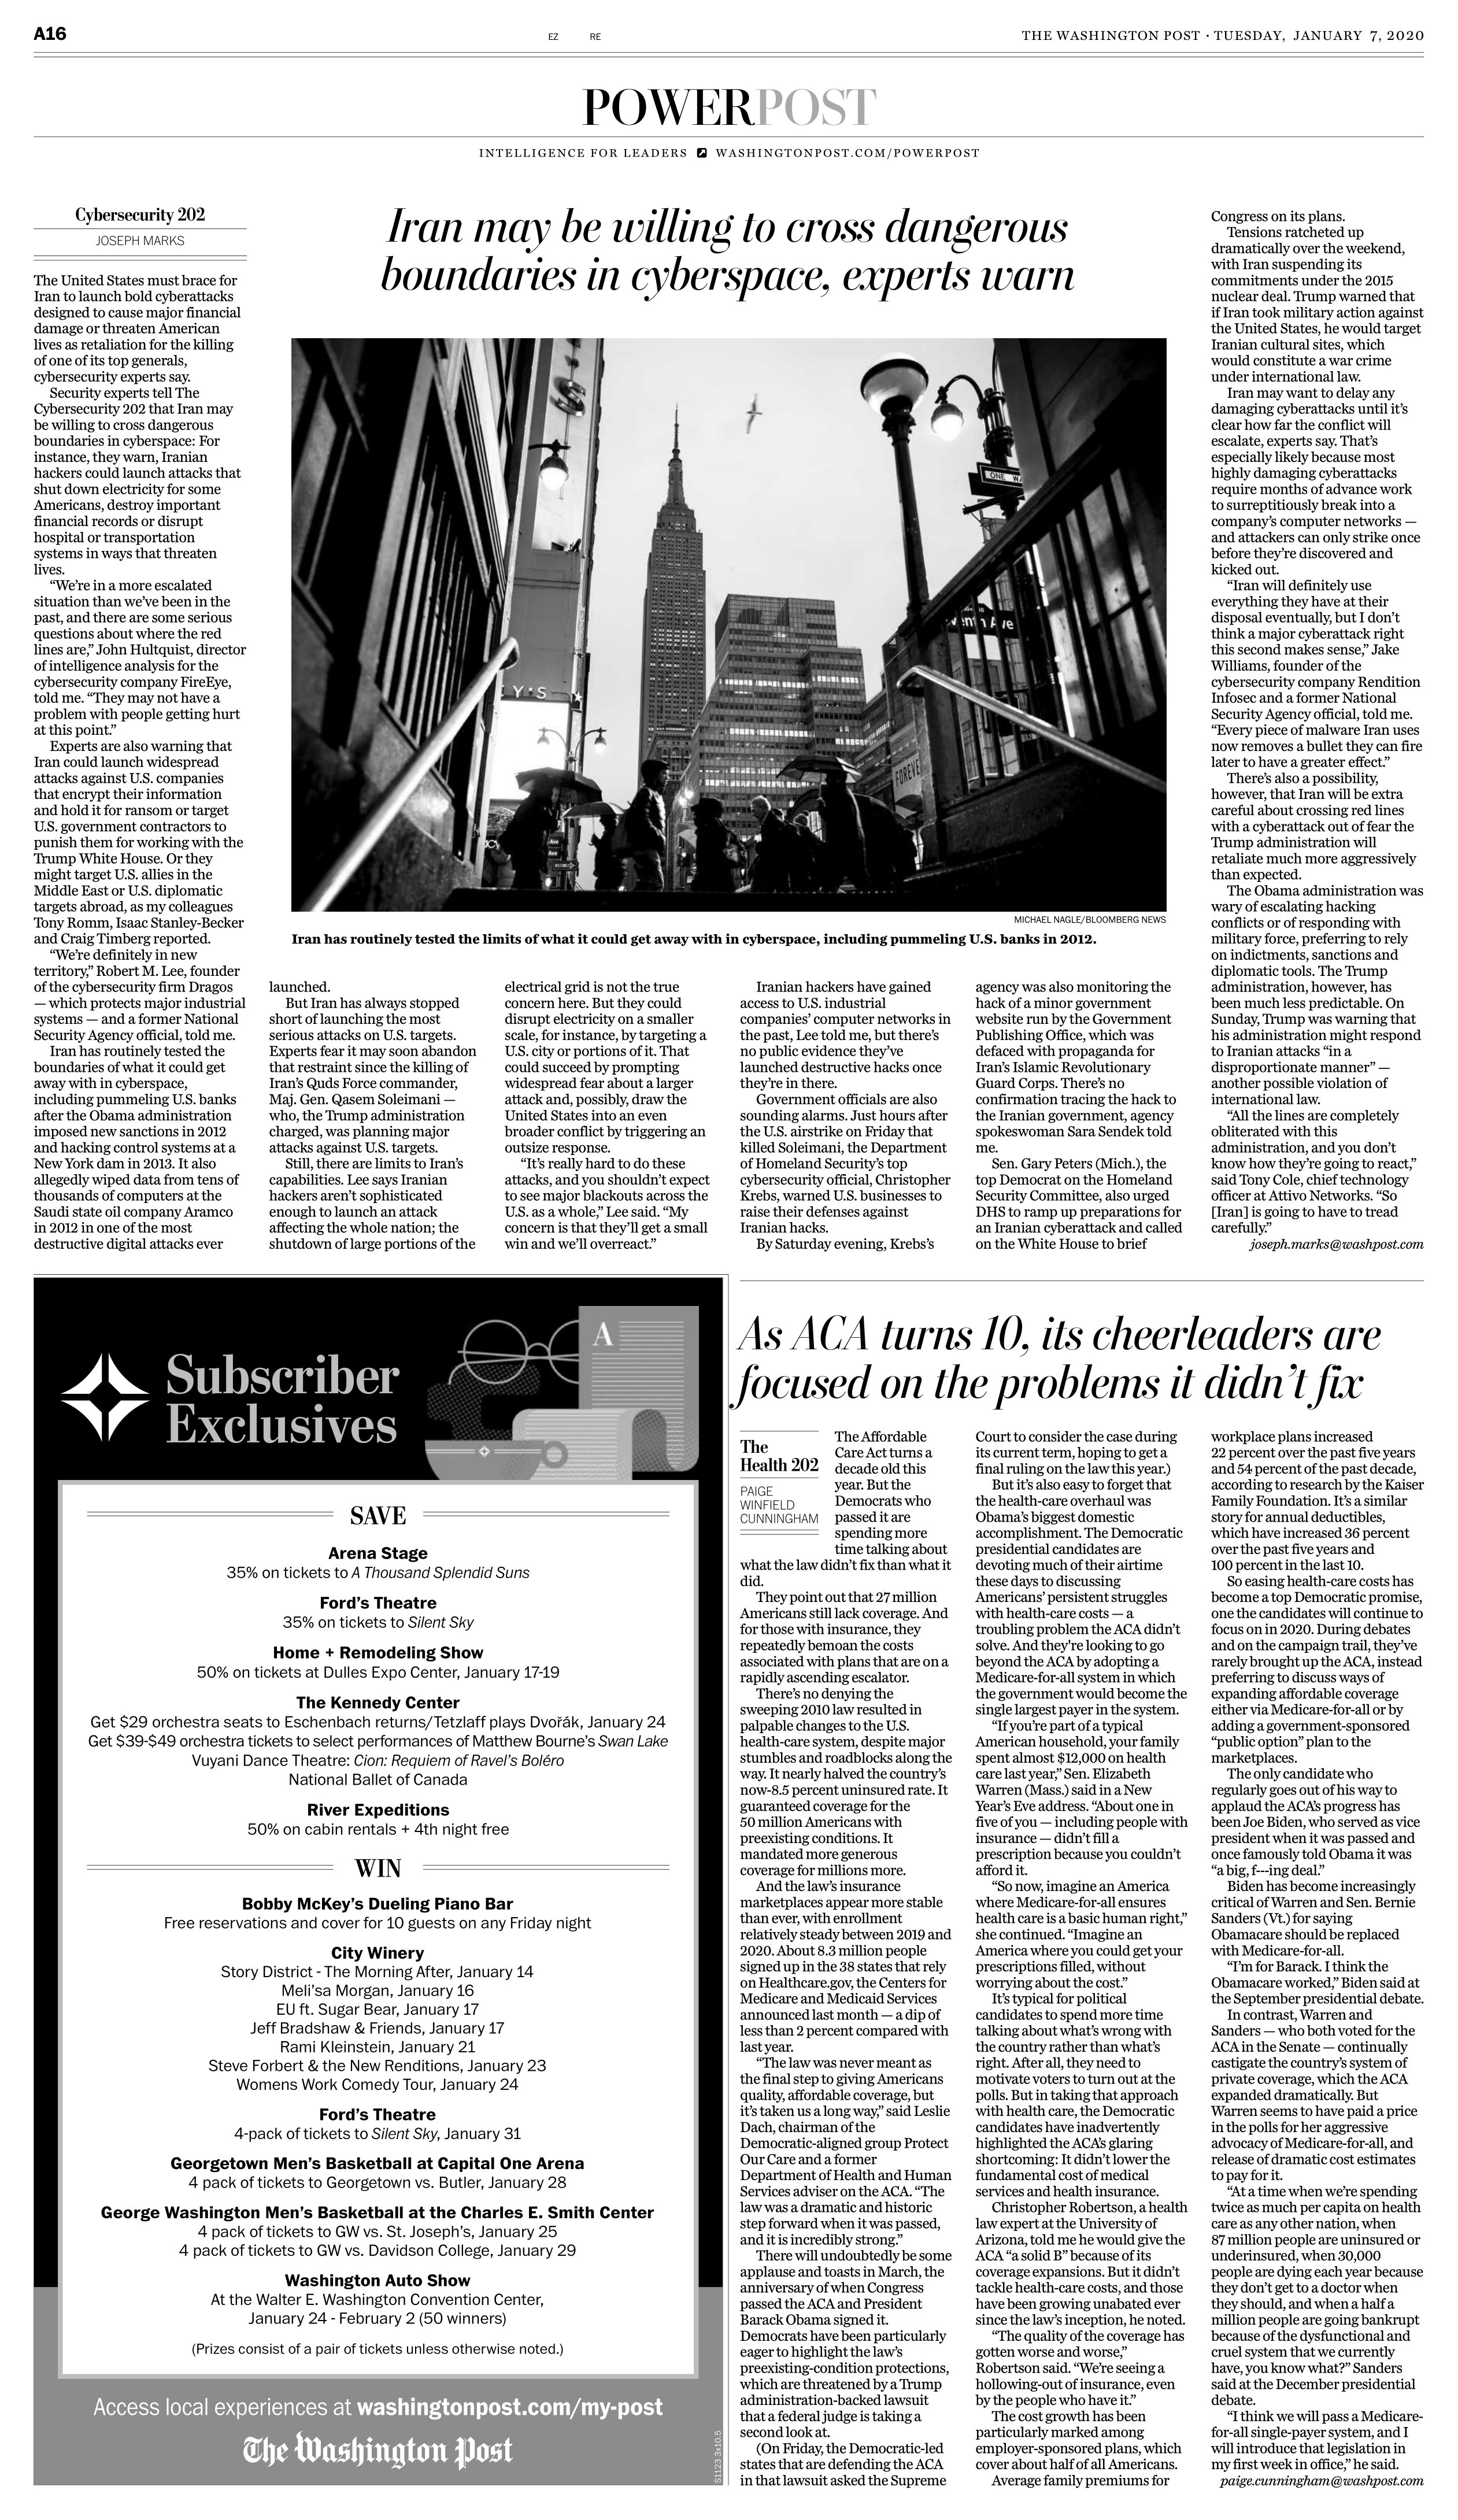
Language: en